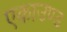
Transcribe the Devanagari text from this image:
एकाउण्ड